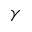
\gamma